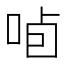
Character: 𱒯